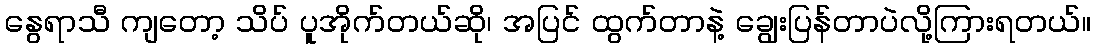
နွေရာသီ ကျတော့ သိပ် ပူအိုက်တယ်ဆို၊ အပြင် ထွက်တာနဲ့ ချွေးပြန်တာပဲလို့ကြားရတယ်။